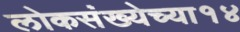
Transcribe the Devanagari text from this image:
लोकसंख्येच्या१४